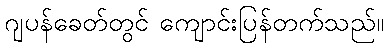
ဂျပန်ခေတ်တွင် ကျောင်းပြန်တက်သည်။